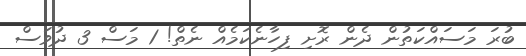
ބުރަ މަސައްކަތުން ދެން ރޮށި ފިހާނެކަމެއް ނެތް! 1 މަސް 3 ދުވަސް